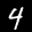
Label: 4